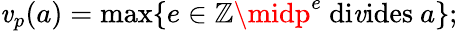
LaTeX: \mathit{v}_{p}(a)=\operatorname*{max}\{ e\in\mathbb{{Z}}\midp^{e}{\mathrm{{~di\mathit{v}ides~}}}a\} ;